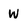
Character: W